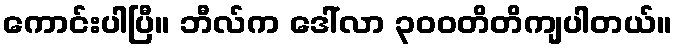
ကောင်းပါပြီ။ ဘီလ်က ဒေါ်လာ ၃၀၀တိတိကျပါတယ်။